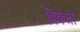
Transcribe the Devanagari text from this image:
बिकेंगी